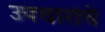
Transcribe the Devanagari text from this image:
उपचारांचे